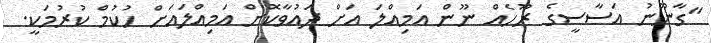
"ގާނޫނު އަސާސީގެ ރޫހެއް ނޫން އަމިއްލަ އަށް ދައުވާކޮށް އަމިއްލައަށް ހުކުމް ކުރުމަކީ.